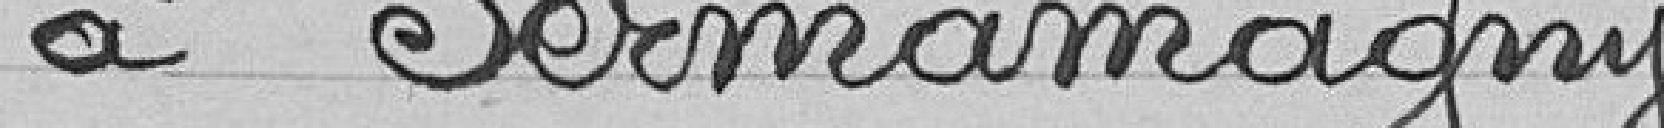
à Sermamagny